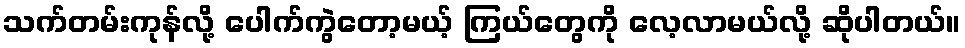
သက်တမ်းကုန်လို့ ပေါက်ကွဲတော့မယ့် ကြယ်တွေကို လေ့လာမယ်လို့ ဆိုပါတယ်။